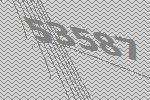
53587